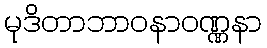
မုဒိတာဘာဝနာဝဏ္ဏနာ